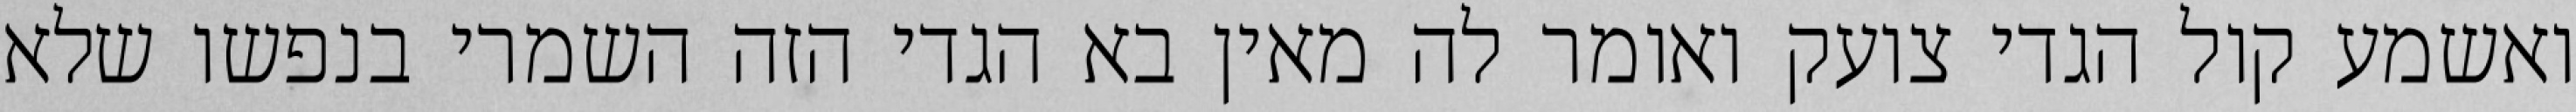
ואשמע קול הגדי צועק ואומר לה מאין בא הגדי הזה השמרי בנפשו שלא